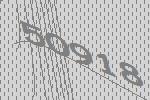
50918